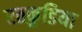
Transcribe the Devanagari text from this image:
रतकुडिया